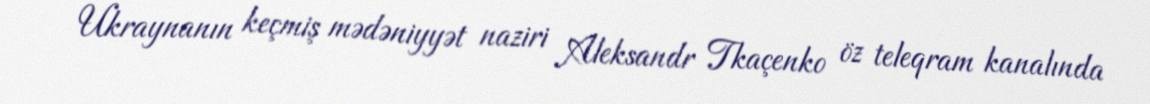
Ukraynanın keçmiş mədəniyyət naziri Aleksandr Tkaçenko öz teleqram kanalında